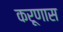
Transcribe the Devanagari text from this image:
करूणास